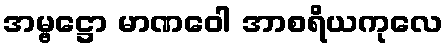
အမ္ဗဋ္ဌော မာဏဝေါ အာစရိယကုလေ